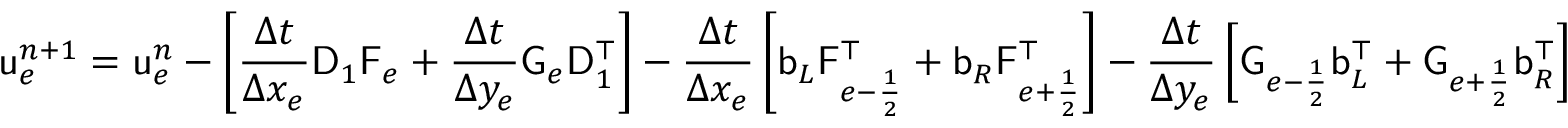
\mathsf { u } _ { e } ^ { n + 1 } = \mathsf { u } _ { e } ^ { n } - \left[ \frac { \Delta t } { \Delta x _ { e } } \mathsf { D } _ { 1 } \mathsf { F } _ { e } + \frac { \Delta t } { \Delta y _ { e } } \mathsf { G } _ { e } \mathsf { D } _ { 1 } ^ { \top } \right] - \frac { \Delta t } { \Delta x _ { e } } \left[ \mathsf { b } _ { L } \mathsf { F } _ { e - \frac { 1 } { 2 } } ^ { \top } + \mathsf { b } _ { R } \mathsf { F } _ { e + \frac { 1 } { 2 } } ^ { \top } \right] - \frac { \Delta t } { \Delta y _ { e } } \left[ \mathsf { G } _ { e - \frac { 1 } { 2 } } \mathsf { b } _ { L } ^ { \top } + \mathsf { G } _ { e + \frac { 1 } { 2 } } \mathsf { b } _ { R } ^ { \top } \right]